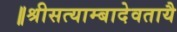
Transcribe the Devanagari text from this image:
॥श्रीसत्याम्बादेवतायै